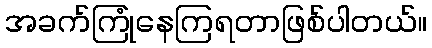
အခက်ကြုံနေကြရတာဖြစ်ပါတယ်။